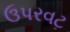
ઉપરવટ